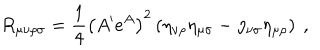
R _ { \mu \nu \rho \sigma } = \frac { 1 } { 4 } \left( A ^ { \prime } e ^ { A } \right) ^ { 2 } \left( \eta _ { \nu \rho } \eta _ { \mu \sigma } - \eta _ { \nu \sigma } \eta _ { \mu \rho } \right) ~ ,